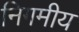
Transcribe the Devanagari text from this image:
निगमीय